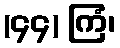
(၄၄) ကြံ၊